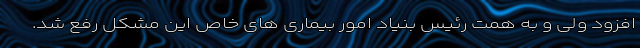
افزود ولی و به همت رئیس بنیاد امور بیماری های خاص این مشکل رفع شد.